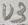
Text: U3